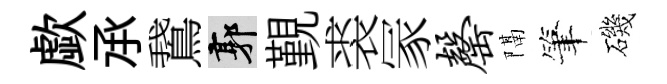
歔𠄘鵞郭覲裘冡罄隔筆磯